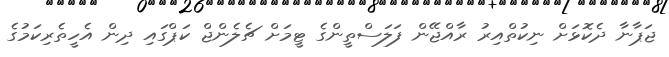
ޖަޕާނާ ދެކޮޅަށް ނިކުތްއިރު ރާއްޖޭން ފަލަސްތީންގެ ޓީމަށް ޗެލެންޖް ކަޕްގައި ދިން އެހީތެރިކަމުގެ